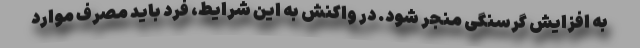
به افزایش گرسنگی منجر شود. در واکنش به این شرایط، فرد باید مصرف موارد